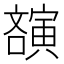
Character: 𡫫